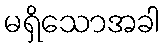
မရှိသောအခါ